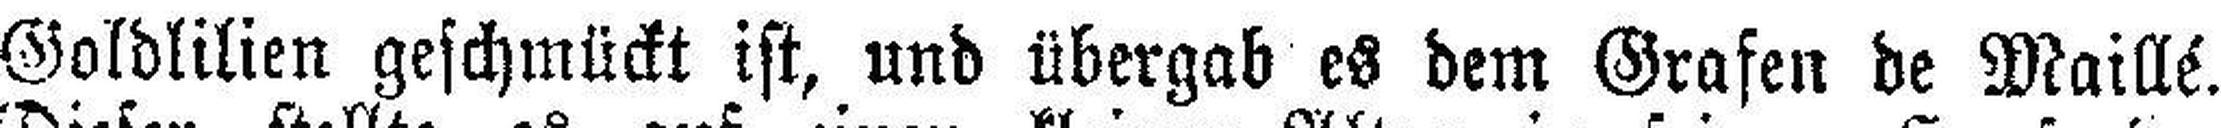
Goldlilien geschmückt ist, und übergab es dem Grafen de Maillé.